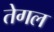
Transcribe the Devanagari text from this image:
तेगल